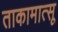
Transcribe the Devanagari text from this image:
ताकामात्सू